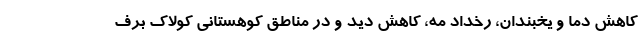
کاهش دما و یخبندان، رخداد مه، کاهش دید و در مناطق کوهستانی کولاک برف